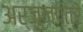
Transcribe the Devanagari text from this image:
अर्जुनपत्रे